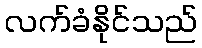
လက်ခံနိုင်သည်